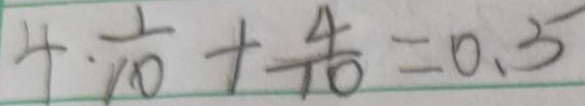
4 \cdot \frac { 1 } { 1 0 } + \frac { 4 } { 1 0 } = 0 . 5